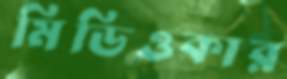
মিডিওকার